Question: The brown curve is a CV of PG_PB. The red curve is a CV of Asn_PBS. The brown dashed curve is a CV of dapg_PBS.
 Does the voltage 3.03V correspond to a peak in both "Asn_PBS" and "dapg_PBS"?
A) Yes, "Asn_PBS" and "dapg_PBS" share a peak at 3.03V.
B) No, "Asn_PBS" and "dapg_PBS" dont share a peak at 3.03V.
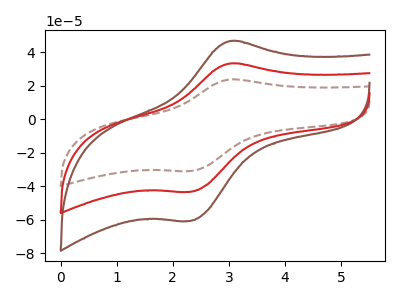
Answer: <think>The brown curve "PG_PB" has an anodic peak at (3.05V, 46.75uA) and a cathodic peak at (2.30V, -60.65uA). The red curve "Asn_PBS" has an anodic peak at (3.05V, 33.35uA) and a cathodic peak at (2.30V, -43.25uA). The brown dashed curve "dapg_PBS" has an anodic peak at (3.05V, 66.75uA) and a cathodic peak at (2.30V, -86.55uA).</think>
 <answer>A) Yes, "Asn_PBS" and "dapg_PBS" share a peak at 3.03V.</answer>
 <eval>A</eval>